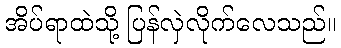
အိပ်ရာထဲသို့ ပြန်လှဲလိုက်လေသည်။